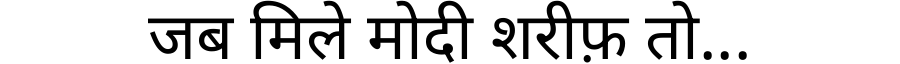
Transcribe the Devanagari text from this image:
जब मिले मोदी शरीफ़ तो...